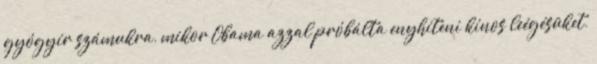
gyógyír számukra, mikor Obama azzal próbálta enyhíteni kínos leégésüket,